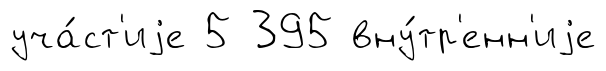
уча́ст'иjе 5 395 вну́тр'енн'иjе